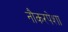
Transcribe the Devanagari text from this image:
नौकरपेशा